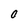
Character: O